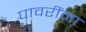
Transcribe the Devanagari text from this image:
पावरींना